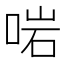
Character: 啱